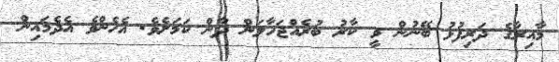
މާއިރާގެ ދަރިފުޅު ބޭނުން ވީ ކާރު ބުރެއްޖަހާލަން ދާން ކަމަށެވެ. އެހެންވެ އެދެމައިން